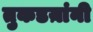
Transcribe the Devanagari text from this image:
तुकडय़ांनी